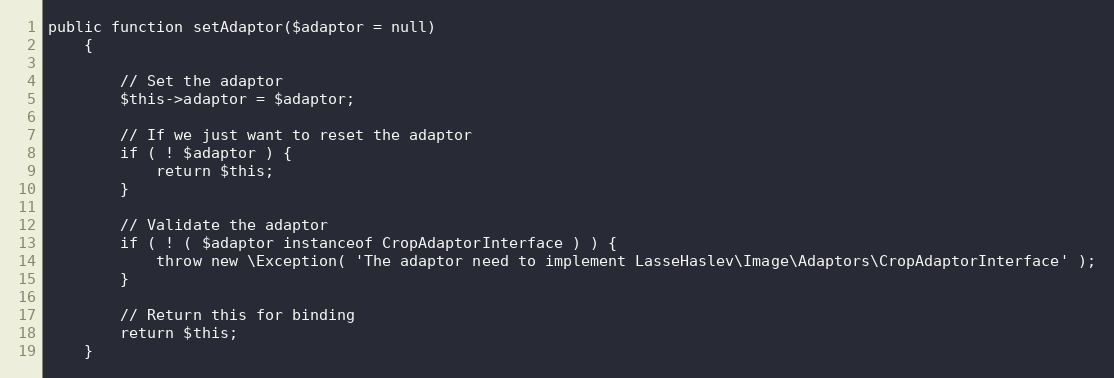
Language: PHP
public function setAdaptor($adaptor = null)
    {

        // Set the adaptor
        $this->adaptor = $adaptor;

        // If we just want to reset the adaptor
        if ( ! $adaptor ) {
            return $this;
        }

        // Validate the adaptor
        if ( ! ( $adaptor instanceof CropAdaptorInterface ) ) {
            throw new \Exception( 'The adaptor need to implement LasseHaslev\Image\Adaptors\CropAdaptorInterface' );
        }

        // Return this for binding
        return $this;
    }